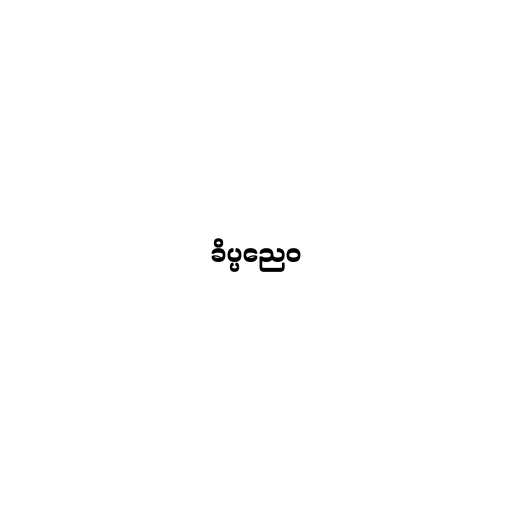
ခိပ္ပညေဝ